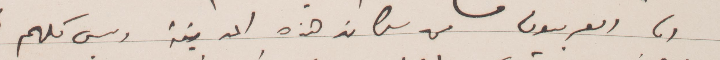
ان العربيون من كانت هذه المدينة وليس كلهم